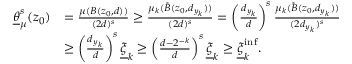
\begin{array} { r l } { \underline { { \theta } } _ { \mu } ^ { s } ( z _ { 0 } ) } & { = \frac { \mu ( B ( z _ { 0 } , d ) ) } { ( 2 d ) ^ { s } } \geq \frac { \mu _ { k } ( \mathring { B } ( z _ { 0 } , d _ { y _ { k } } ) ) } { ( 2 d ) ^ { s } } = \left( \frac { d _ { y _ { k } } } { d } \right) ^ { s } \frac { \mu _ { k } ( \mathring { B } ( z _ { 0 } , d _ { y _ { k } } ) ) } { ( 2 d _ { y _ { k } } ) ^ { s } } } \\ & { \geq \left( \frac { d _ { y _ { k } } } { d } \right) ^ { s } \underline { { \xi } } _ { k } \geq \left( \frac { d - 2 ^ { - k } } { d } \right) ^ { s } \underline { { \xi } } _ { k } \geq \underline { { \xi } } _ { k } ^ { \operatorname* { i n f } } . } \end{array}